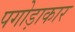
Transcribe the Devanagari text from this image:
पगोड़ाकार